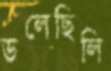
ডলেছিলি